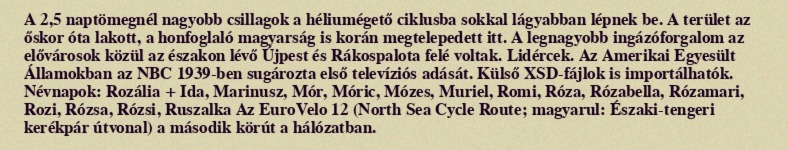
A 2,5 naptömegnél nagyobb csillagok a héliumégető ciklusba sokkal lágyabban lépnek be. A terület az őskor óta lakott, a honfoglaló magyarság is korán megtelepedett itt. A legnagyobb ingázóforgalom az elővárosok közül az északon lévő Újpest és Rákospalota felé voltak. Lidércek. Az Amerikai Egyesült Államokban az NBC 1939-ben sugározta első televíziós adását. Külső XSD-fájlok is importálhatók. Névnapok: Rozália + Ida, Marinusz, Mór, Móric, Mózes, Muriel, Romi, Róza, Rózabella, Rózamari, Rozi, Rózsa, Rózsi, Ruszalka Az EuroVelo 12 (North Sea Cycle Route; magyarul: Északi-tengeri kerékpár útvonal) a második körút a hálózatban.